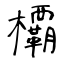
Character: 𣠽